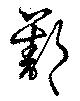
鄯